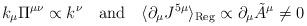
LaTeX: \begin{align*}k_\mu \Pi^{\mu\nu} \propto k^\nu \quad {\rm and} \quad \langle\partial_\mu J^{5\mu}\rangle_{\rm Reg} \propto \partial_\mu{\tilde A}^\mu \neq 0\end{align*}